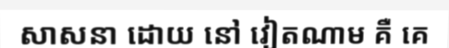
សាសនា ដោយ នៅ វៀតណាម គឺ គេ